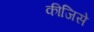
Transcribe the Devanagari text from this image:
कीजिसे